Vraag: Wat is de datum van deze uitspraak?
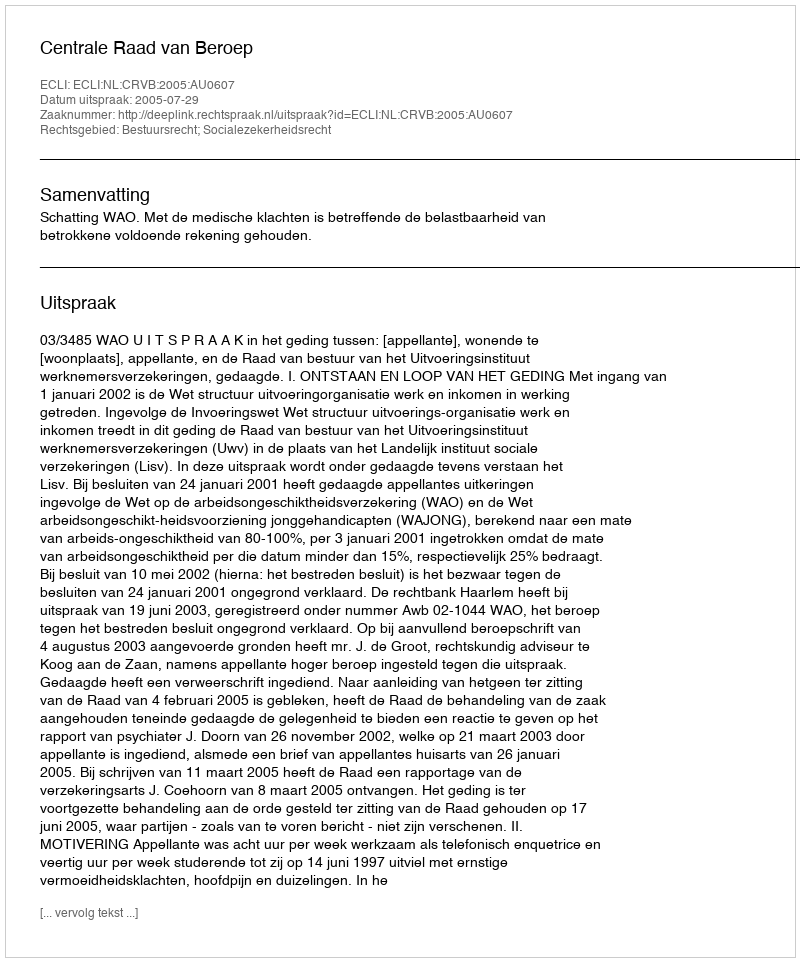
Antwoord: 2005-07-29